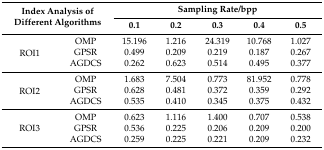
<table><thead><tr><td rowspan="2" colspan="2"><b>Index Analysis of Different Algorithms</b></td><td colspan="5"><b>Sampling Rate/bpp</b></td></tr><tr><td><b>0.1</b></td><td><b>0.2</b></td><td><b>0.3</b></td><td><b>0.4</b></td><td><b>0.5</b></td></tr></thead><tbody><tr><td rowspan="3">ROI1</td><td>OMP</td><td>15.196</td><td>1.216</td><td>24.319</td><td>10.768</td><td>1.027</td></tr><tr><td>GPSR</td><td>0.499</td><td>0.209</td><td>0.219</td><td>0.187</td><td>0.267</td></tr><tr><td>AGDCS</td><td>0.262</td><td>0.623</td><td>0.514</td><td>0.495</td><td>0.377</td></tr><tr><td rowspan="3">ROI2</td><td>OMP</td><td>1.683</td><td>7.504</td><td>0.773</td><td>81.952</td><td>0.778</td></tr><tr><td>GPSR</td><td>0.628</td><td>0.481</td><td>0.372</td><td>0.359</td><td>0.292</td></tr><tr><td>AGDCS</td><td>0.535</td><td>0.410</td><td>0.345</td><td>0.375</td><td>0.432</td></tr><tr><td rowspan="3">ROI3</td><td>OMP</td><td>0.623</td><td>1.116</td><td>1.400</td><td>0.707</td><td>0.538</td></tr><tr><td>GPSR</td><td>0.536</td><td>0.225</td><td>0.206</td><td>0.209</td><td>0.200</td></tr><tr><td>AGDCS</td><td>0.259</td><td>0.225</td><td>0.221</td><td>0.209</td><td>0.232</td></tr></tbody></table>